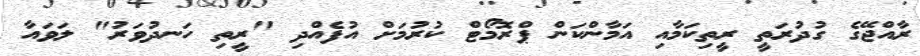
ރާއްޖޭގެ ގުދުރަތީ ރީތިކަމާއި އަމާންކަން ޕްރޮމޯޓް ކުުރުމަށް އުފެއްދި "ރީތި ހަނދުވަރު" ލަވައާ